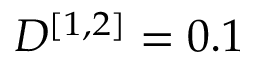
D ^ { [ 1 , 2 ] } = 0 . 1